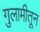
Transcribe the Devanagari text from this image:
गुलामीतून